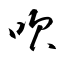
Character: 吹